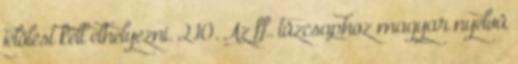
jelölést kell elhelyezni. 2.10. Az ff. tûzcsaphoz magyar nyelvû